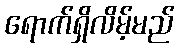
ရောက်ရှိလိမ့်မည်